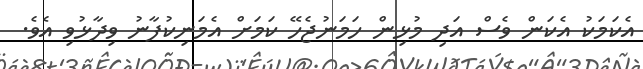
އެކަމަކު އެކަން ވެސް އަދި މުޅިން ހަމަނުޖެހޭ ކަމަށް އެމަނިކުފާނު ވިދާޅުވި އެވެ.